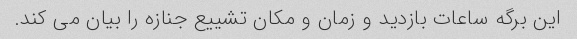
این برگه ساعات بازدید و زمان و مکان تشییع جنازه را بیان می کند.